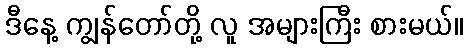
ဒီနေ့ ကျွန်တော်တို့ လူ အများကြီး စားမယ်။